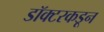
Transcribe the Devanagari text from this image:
डॉक्‍टरकडून